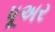
પૂઅર